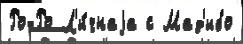
Ро-Ро Л'и́чнаjа с Мад'ибо